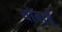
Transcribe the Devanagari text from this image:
थोंदाई